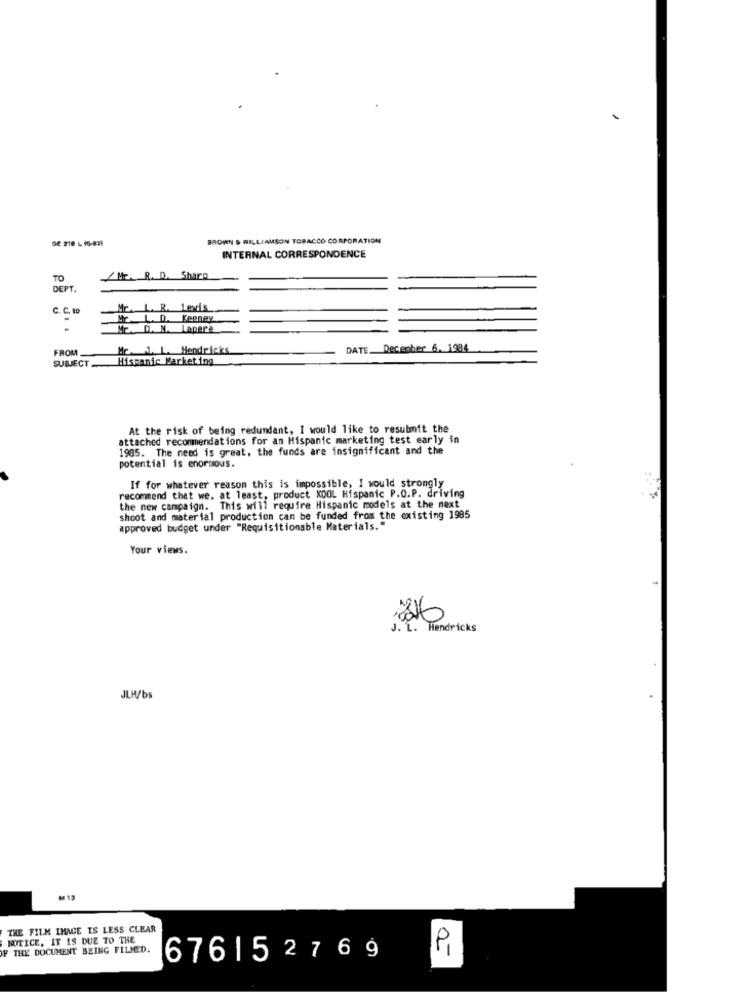
GE 218 L 16-839
BROWN & WILLIAMSON TOBACCO CORPORATION
INTERNAL CORRESPONDENCE
TO
Mr. R. D. Sharp
DEPT.
C. C. to
R. Lexis
Keeney
Lapere
FROM
Mr 1. L. Hendricks
DATE. December 6. 1984
SUBJECT
Hispanic Marketing
At the risk of being redundant, I would like to resubmit the
attached recommendations for an Hispanic marketing test early in
1985. The need is great, the funds are insignificant and the
potential is enormous.
recommend that we, at least, product KOOL Hispanic P.O.P. driving
If for whatever reason this is impossible, I would strongly
the new campaign. This will require Hispanic models at the next
shoot and material production can be funded from the existing 1985
approved budget under "Requisitionable Materials."
Your views.
J . L . Hendricks
JLH/bs
M 13
THE FILM IMAGE IS LESS CLEAR
NOTICE, IT IS DUE TO THE
IF THE DOCUMENT BEING FILMED.
PI
676152769